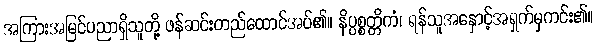
အကြားအမြင်ပညာရှိသူတို့ ဖန်ဆင်းတည်ထောင်အပ်၏။ နိပ္ပစ္စတ္တိကံ၊ ရန်သူအနှောင့်အရှက်မှကင်း၏။